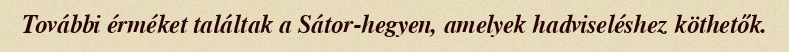
További érméket találtak a Sátor-hegyen, amelyek hadviseléshez köthetők.